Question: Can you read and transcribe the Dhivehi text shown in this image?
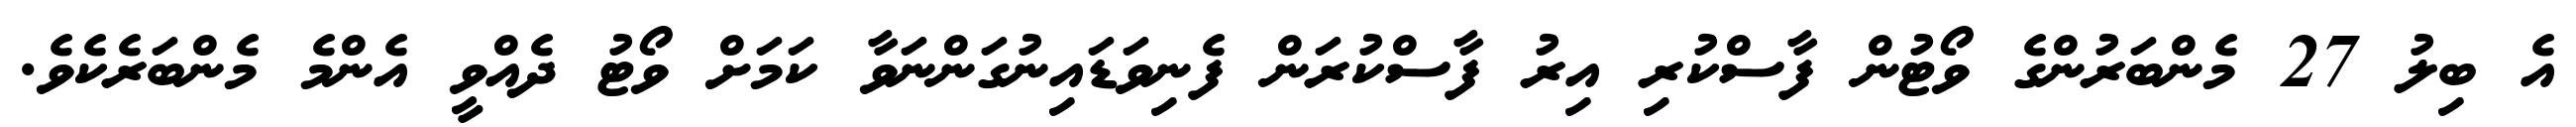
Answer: އެ ބިލު 27 މެންބަރުންގެ ވޯޓުން ފާސްކުރި އިރު ފާސްކުރަން ފެނިވަޑައިނުގަންނަވާ ކަމަށް ވޯޓު ދެއްވީ އެންމެ މެންބަރެކެވެ.